Indian journal of veterinary science and animal husbandry - Volume 12,
Year: 1942
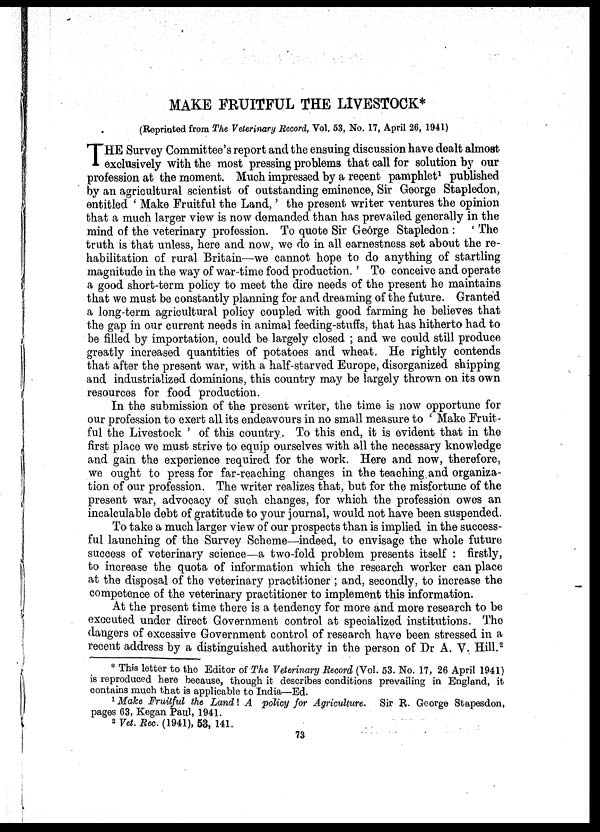
MAKE FRUITFUL THE LIVESTOCK*
(Reprinted from The Veterinary Record, Vol. 53, No. 17, April 26, 1941)
T HE Survey Committee's report and the ensuing discussion have dealt almost
exclusively with the most pressing problems that call for solution by our
profession at the moment. Much impressed by a recent pamphlet 1 published
by an agricultural scientist of outstanding eminence, Sir George Stapledon,
entitled ' Make Fruitful the Land,' the present writer ventures the opinion
that a much larger view is now demanded than has prevailed generally in the
mind of the veterinary profession. To quote Sir George Stapledon : ' The
truth is that unless, here and now, we do in all earnestness set about the re-
habilitation of rural Britain—we cannot hope to do anything of startling
magnitude in the way of war-time food production. ' To conceive and operate
a good short-term policy to meet the dire needs of the present he maintains
that we must be constantly planning for and dreaming of the future. Granted
a long-term agricultural policy coupled with good farming he believes that
the gap in our current needs in animal feeding-stuffs, that has hitherto had to
be filled by importation, could be largely closed ; and we could still produce
greatly increased quantities of potatoes and wheat. He rightly contends
that after the present war, with a half-starved Europe, disorganized shipping
and industrialized dominions, this country may be largely thrown on its own
resources for food production.
In the submission of the present writer, the time is now opportune for
our profession to exert all its endeavours in no small measure to ' Make Fruit-
ful the Livestock ' of this country. To this end, it is evident that in the
first place we must strive to equip ourselves with all the necessary knowledge
and gain the experience required for the work. Here and now, therefore,
we ought to press for far-reaching changes in the teaching and organiza-
tion of our profession. The writer realizes that, but for the misfortune of the
present war, advocacy of such changes, for which the profession owes an
incalculable debt of gratitude to your journal, would not have been suspended.
To take a much larger view of our prospects than is implied in the success-
ful launching of the Survey Scheme—indeed, to envisage the whole future
success of veterinary science—a two-fold problem presents itself : firstly,
to increase the quota of information which the research worker can place
at the disposal of the veterinary practitioner ; and, secondly, to increase the
competence of the veterinary practitioner to implement this information.
At the present time there is a tendency for more and more research to be
executed under direct Government control at specialized institutions. The
dangers of excessive Government control of research have been stressed in a
recent address by a distinguished authority in the person of Dr A. V. Hill. 2
* This letter to the Editor of The Veterinary Record (Vol. 53. No. 17, 26 April 1941)
is reproduced here because, though it describes conditions prevailing in England, it
contains much that is applicable to India—Ed.
1 Make Fruitful the Land ! A policy for Agriculture. Sir R. George Stapesdon,
pages 63, Kegan Paul, 1941.
2 Vet. Rec. (1941), 53, 141.
73